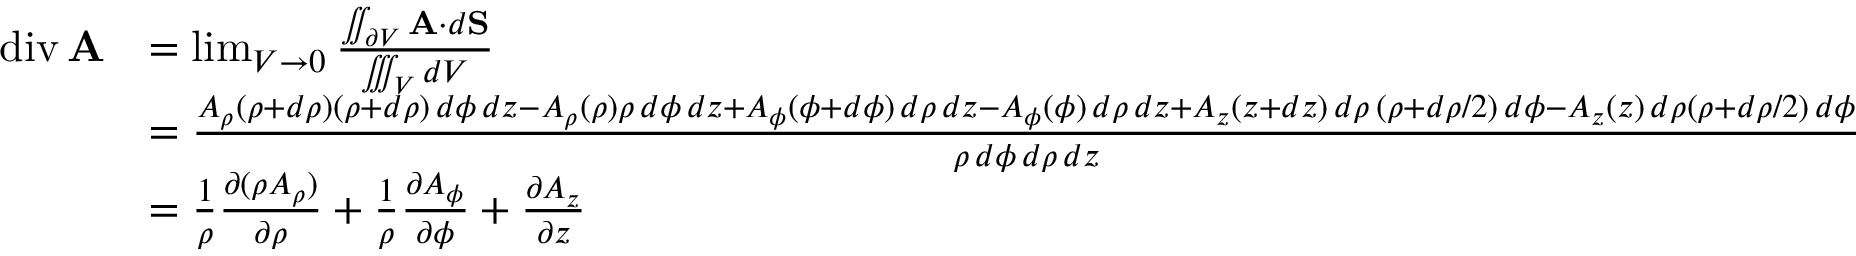
{ \begin{array} { r l } { \operatorname { d i v } \mathbf { A } } & { = \operatorname* { l i m } _ { V \to 0 } { \frac { \iint _ { \partial V } \mathbf { A } \cdot d \mathbf { S } } { \iiint _ { V } d V } } } \\ & { = { \frac { A _ { \rho } ( \rho + d \rho ) ( \rho + d \rho ) \, d \phi \, d z - A _ { \rho } ( \rho ) \rho \, d \phi \, d z + A _ { \phi } ( \phi + d \phi ) \, d \rho \, d z - A _ { \phi } ( \phi ) \, d \rho \, d z + A _ { z } ( z + d z ) \, d \rho \, ( \rho + d \rho / 2 ) \, d \phi - A _ { z } ( z ) \, d \rho ( \rho + d \rho / 2 ) \, d \phi } { \rho \, d \phi \, d \rho \, d z } } } \\ & { = { \frac { 1 } { \rho } } { \frac { \partial ( \rho A _ { \rho } ) } { \partial \rho } } + { \frac { 1 } { \rho } } { \frac { \partial A _ { \phi } } { \partial \phi } } + { \frac { \partial A _ { z } } { \partial z } } } \end{array} }